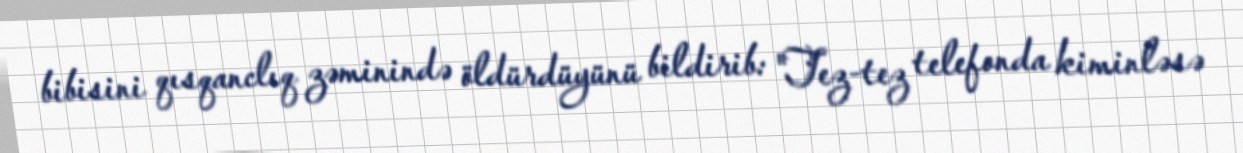
bibisini qısqanclıq zəminində öldürdüyünü bildirib: "Tez-tez telefonda kiminləsə